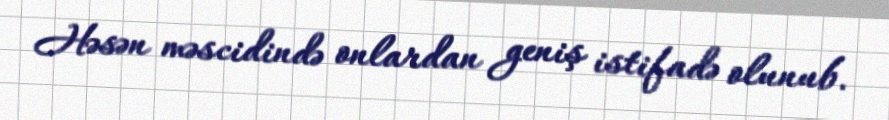
Həsən məscidində onlardan geniş istifadə olunub.